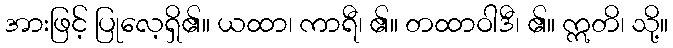
အားဖြင့် ပြုလေ့ရှိ၏။ ယထာ၊ ကာရီ၊ ၏။ တထာဝါဒီ၊ ၏။ ဣတိ၊ သို့။